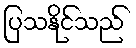
ပြသနိုင်သည်